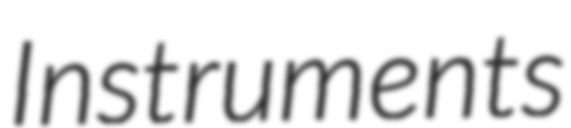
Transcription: Instruments